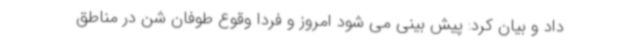
داد و بیان کرد: پیش بینی می شود امروز و فردا وقوع طوفان شن در مناطق